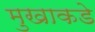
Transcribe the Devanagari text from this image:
मुखाकडे